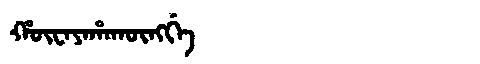
Manchu: ᡥᡡᠸᠠᠶᠠᡥᠠᡴᡡᠩᡤᡝ
Romanization: HŪWAYAHAKŪNGGE